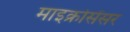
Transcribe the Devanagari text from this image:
माइक्रोसेंसर